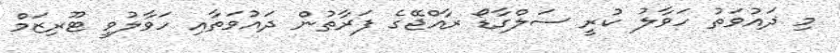
މި ދައުވަތު ހަވާލު ކުރީ ސަލްގާޑޯ ރާއްޖޭގެ ފަރާތުން ދައުވަތާއި ހަވާލުވީ ޓޫރިޒަމް